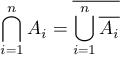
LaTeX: \bigcap _ { i = 1 } ^ { n } A _ { i } = { \overline { { \bigcup _ { i = 1 } ^ { n } { \overline { { A _ { i } } } } } } }